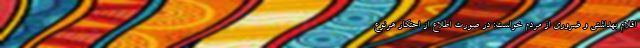
اقلام بهداشتی و ضروری از مردم خواست: در صورت اطلاع از احتکار هرنوع